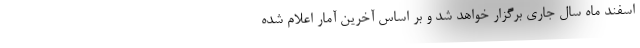
اسفند ماه سال جاری برگزار خواهد شد و بر اساس آخرین آمار اعلام شده